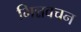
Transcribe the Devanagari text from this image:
भिन्नवचन